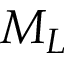
M _ { L }